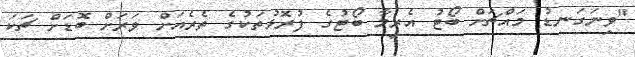
"ވިނަގަނޑު މައްޗަށް ބޯޓު އެރީމާ ބޯޓުގެ ފުރޮޅުތަކުގެ ތެރެއަށް ވަރަށް ބޮޑަށް ޗަކަ